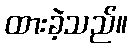
ထားခဲ့သည်။